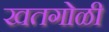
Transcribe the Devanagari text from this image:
खतगोळी